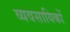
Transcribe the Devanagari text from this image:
व्यवसायिकों